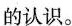
的认识。